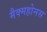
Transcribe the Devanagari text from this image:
मैक्महोनस